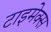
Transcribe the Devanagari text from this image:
टाइमेक्स